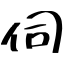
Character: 伺